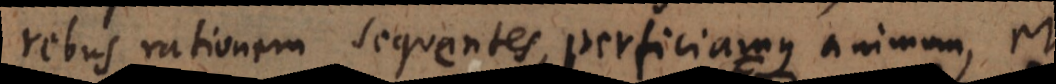
rebus rationem sequentes, perficiamus animum, et